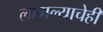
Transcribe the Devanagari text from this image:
लागल्याचेही